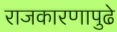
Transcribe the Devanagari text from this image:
राजकारणापुढे